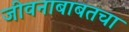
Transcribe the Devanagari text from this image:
जीवनाबाबतचा